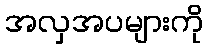
အလှအပများကို